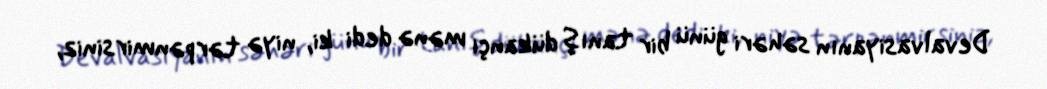
Devalvasiyanın səhəri günü bir tanış dükançı mənə dedi ki, niyə tərpənmirsiniz,